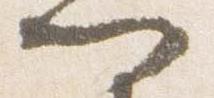
門